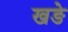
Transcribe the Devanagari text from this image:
खङे